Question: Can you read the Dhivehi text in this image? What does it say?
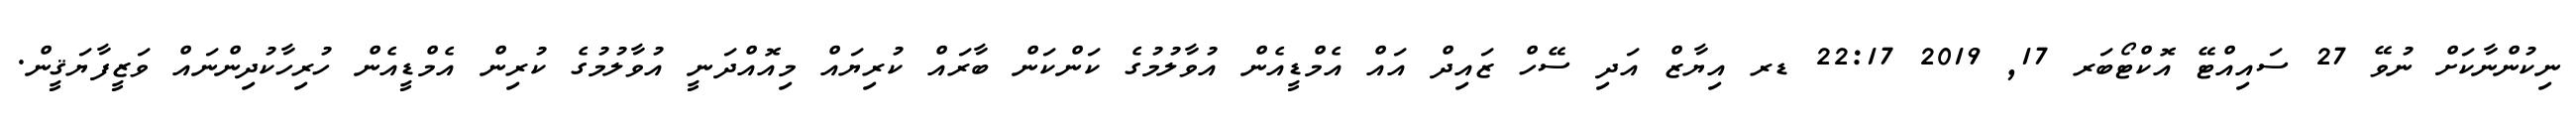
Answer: ނިކުންނާކަށް ނުވޭ 27 ސައިއްޓޭ އޮކްޓޯބަރ 17, 2019 22:17 ޑރ އިޔާޒް އަދި ސޭހް ޒައިދް އައް އެމްޑީއެން އުވާލުމުގެ ކަންކަން ބާރައް ކުރިޔައް މިއޮއްދަނީ އުވާލުމުގެ ކުރިން އެމްޑީއެން ހުރިހާކުދިންނައް ވަޒީފާޔަޤީން.